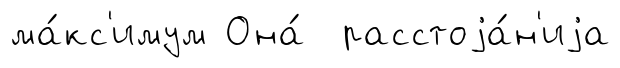
ма́кс'имум Она́ расстоjа́н'иjа